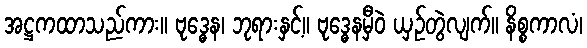
အဋ္ဌကထာသည်ကား။ ဗုဒ္ဓေန၊ ဘုရားနှင့်။ ဗုဒ္ဓေနမှီဝဲ ယှဉ်တွဲလျက်။ နိစ္စကာလံ၊